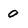
Character: 0